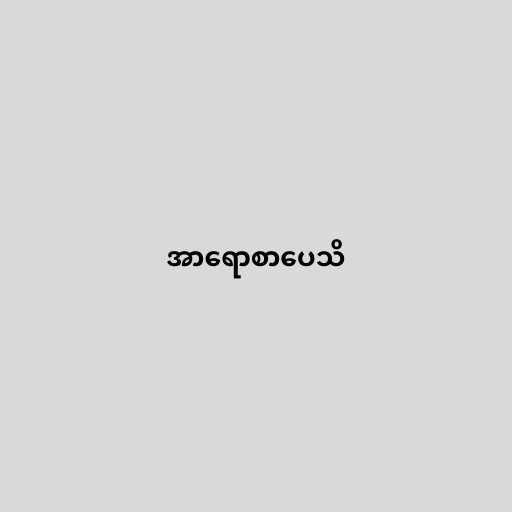
အာရောစာပေသိ